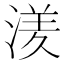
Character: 湵